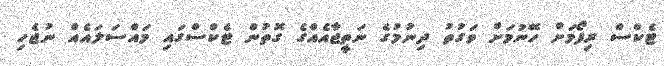
ޓެކްސް ރިފޯމަށް ހޭނުމަށް ވަގުތު ދިނުމުގެ ނަތީޖާއެއްގެ ގޮތުން ޓެކްސްގައި މައްސަލައެއް ނުޖެހި